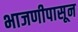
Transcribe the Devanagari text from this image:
भाजणीपासून